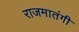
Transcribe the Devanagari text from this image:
राजमातंगी